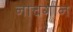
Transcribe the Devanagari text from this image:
नाचगान